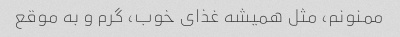
ممنونم، مثل همیشه غذای خوب، گرم و به موقع